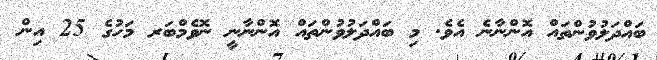
ބައްދަލުވުންތައް އޮންނާނެ އެވެ. މި ބައްދަލުވުންތައް އޮންނާނީ ނޮވެމްބަރ މަހުގެ 25 އިން